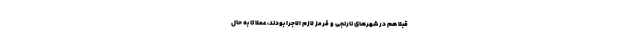
قبلاً هم در شهرهای نارنجی و قرمز لازم الاجرا بودند، عملا تا به حال